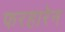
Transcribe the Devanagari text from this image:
फरहारेन